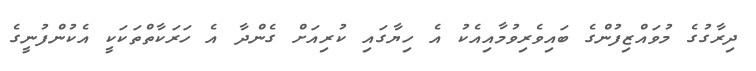
ދިރާގުގެ މުވައްޒިފުންގެ ބައިވެރިވުމާއިއެކު އެ ހިޔާގައި ކުރިއަށް ގެންދާ އެ ހަރަކާތްތަކަކީ އެކުންފުނީގެ